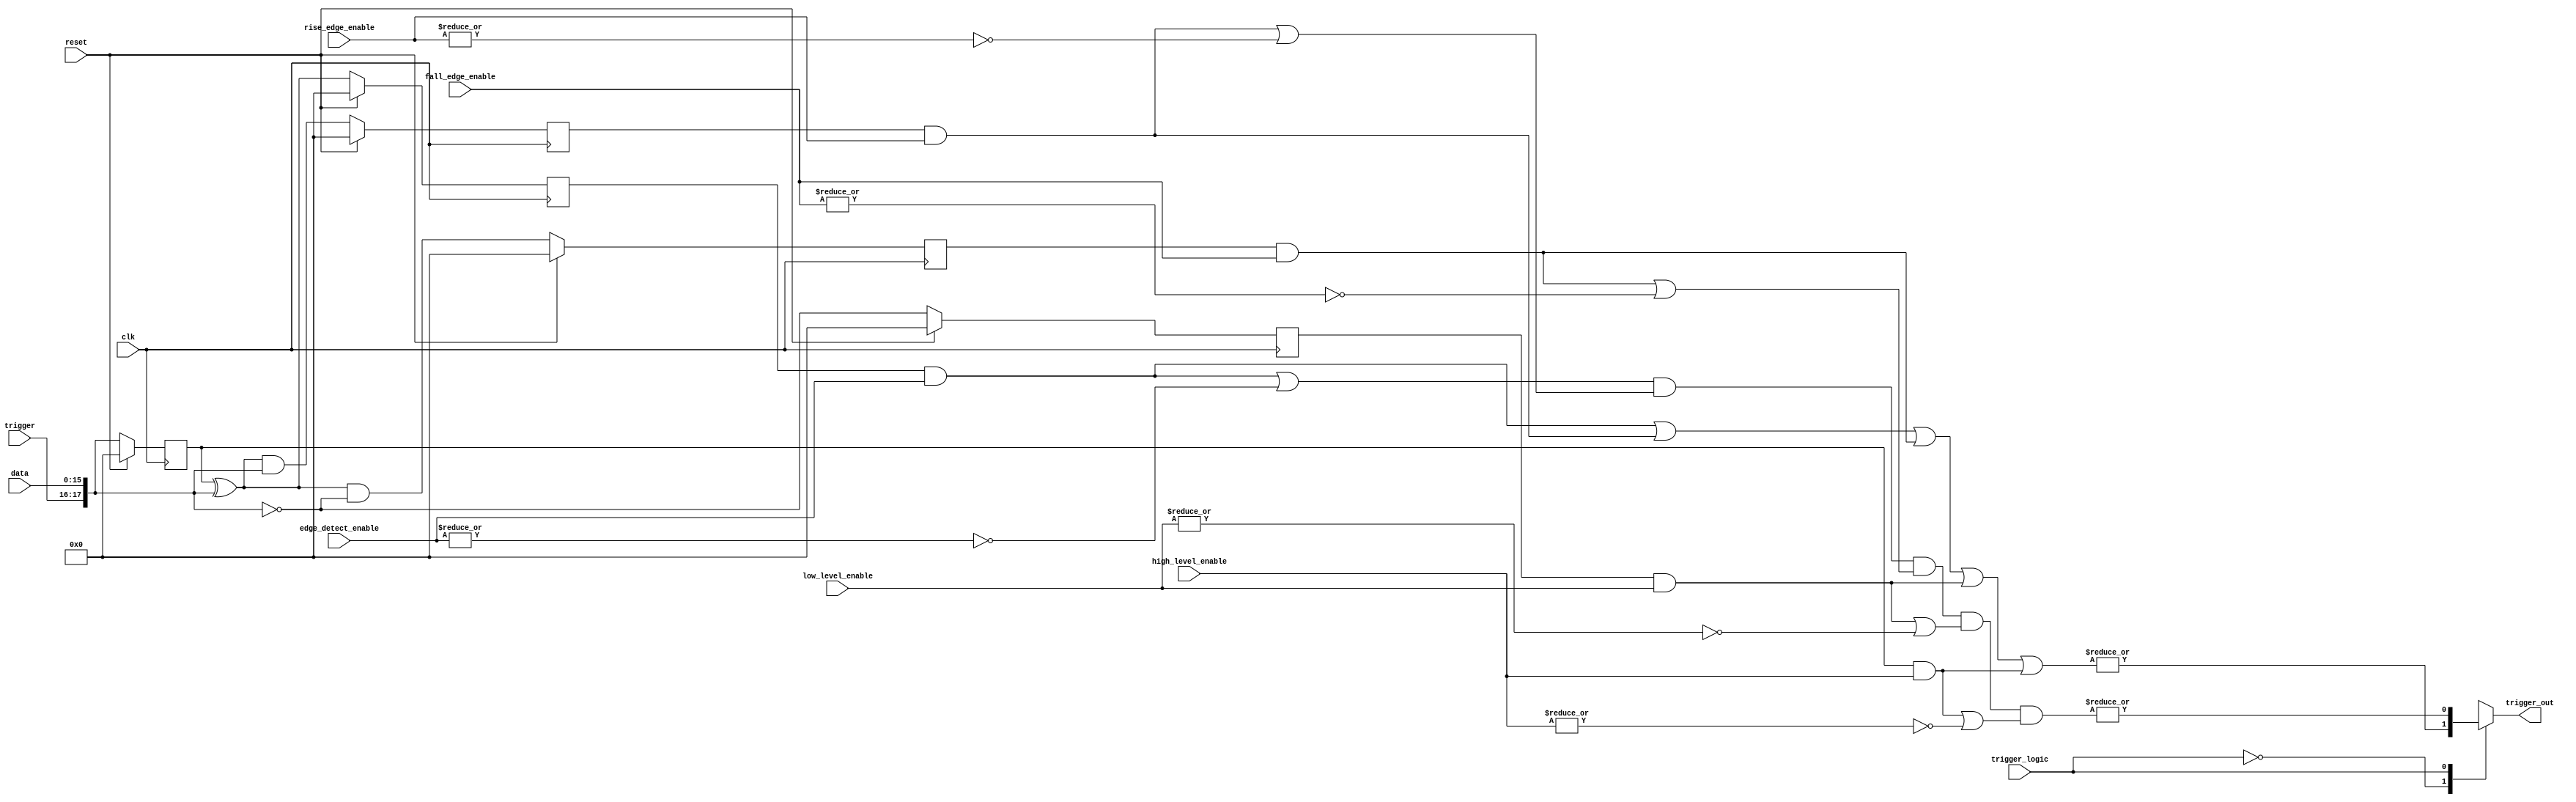
// ***************************************************************************
// ***************************************************************************
// Copyright 2011(c) Analog Devices, Inc.
//
// All rights reserved.
//
// Redistribution and use in source and binary forms, with or without modification,
// are permitted provided that the following conditions are met:
//     - Redistributions of source code must retain the above copyright
//       notice, this list of conditions and the following disclaimer.
//     - Redistributions in binary form must reproduce the above copyright
//       notice, this list of conditions and the following disclaimer in
//       the documentation and/or other materials provided with the
//       distribution.
//     - Neither the name of Analog Devices, Inc. nor the names of its
//       contributors may be used to endorse or promote products derived
//       from this software without specific prior written permission.
//     - The use of this software may or may not infringe the patent rights
//       of one or more patent holders.  This license does not release you
//       from the requirement that you obtain separate licenses from these
//       patent holders to use this software.
//     - Use of the software either in source or binary form, must be run
//       on or directly connected to an Analog Devices Inc. component.
//
// THIS SOFTWARE IS PROVIDED BY ANALOG DEVICES "AS IS" AND ANY EXPRESS OR IMPLIED WARRANTIES,
// INCLUDING, BUT NOT LIMITED TO, NON-INFRINGEMENT, MERCHANTABILITY AND FITNESS FOR A
// PARTICULAR PURPOSE ARE DISCLAIMED.
//
// IN NO EVENT SHALL ANALOG DEVICES BE LIABLE FOR ANY DIRECT, INDIRECT, INCIDENTAL, SPECIAL,
// EXEMPLARY, OR CONSEQUENTIAL DAMAGES (INCLUDING, BUT NOT LIMITED TO, INTELLECTUAL PROPERTY
// RIGHTS, PROCUREMENT OF SUBSTITUTE GOODS OR SERVICES; LOSS OF USE, DATA, OR PROFITS; OR
// BUSINESS INTERRUPTION) HOWEVER CAUSED AND ON ANY THEORY OF LIABILITY, WHETHER IN CONTRACT,
// STRICT LIABILITY, OR TORT (INCLUDING NEGLIGENCE OR OTHERWISE) ARISING IN ANY WAY OUT OF
// THE USE OF THIS SOFTWARE, EVEN IF ADVISED OF THE POSSIBILITY OF SUCH DAMAGE.
// ***************************************************************************
// ***************************************************************************

`timescale 1ns/100ps

module axi_logic_analyzer_trigger (

  input                 clk,
  input                 reset,

  input       [15:0]    data,
  input       [ 1:0]    trigger,

  input       [17:0]    edge_detect_enable,
  input       [17:0]    rise_edge_enable,
  input       [17:0]    fall_edge_enable,
  input       [17:0]    low_level_enable,
  input       [17:0]    high_level_enable,

  input                 trigger_logic,

  output                trigger_out);

  reg     [ 17:0]   data_m1 = 'd0;
  reg     [ 17:0]   low_level = 'd0;
  reg     [ 17:0]   high_level = 'd0;
  reg     [ 17:0]   edge_detect = 'd0;
  reg     [ 17:0]   rise_edge = 'd0;
  reg     [ 17:0]   fall_edge = 'd0;
  reg     [ 31:0]   delay_count = 'd0;

  reg              trigger_active;

  assign trigger_out = trigger_active;

  // trigger logic:
  // 0 OR
  // 1 AND

  always @(*) begin
    case (trigger_logic)
      0: trigger_active = | ((edge_detect & edge_detect_enable) |
                          (rise_edge & rise_edge_enable) |
                          (fall_edge & fall_edge_enable) |
                          (low_level & low_level_enable) |
                          (high_level & high_level_enable));
      1: trigger_active = | (((edge_detect & edge_detect_enable) | !(|edge_detect_enable)) &
                          ((rise_edge & rise_edge_enable) | !(|rise_edge_enable)) &
                          ((fall_edge & fall_edge_enable) | !(|fall_edge_enable)) &
                          ((low_level & low_level_enable) | !(|low_level_enable)) &
                          ((high_level & high_level_enable) | !(|high_level_enable)));
      default: trigger_active = 1'b1;
    endcase
  end

  // internal signals

  always @(posedge clk) begin
    if (reset == 1'b1) begin
      data_m1 <= 'd0;
      edge_detect <= 'd0;
      rise_edge <= 'd0;
      fall_edge <= 'd0;
      low_level <= 'd0;
      high_level <= 'd0;
    end else begin
      data_m1 <= {trigger, data} ;
      edge_detect <= data_m1 ^ {trigger, data};
      rise_edge <= (data_m1 ^ {trigger, data} ) & {trigger, data};
      fall_edge <= (data_m1 ^ {trigger, data}) & ~{trigger, data};
      low_level <= ~{trigger, data};
      high_level <= {trigger, data};
    end
  end


endmodule

// ***************************************************************************
// ***************************************************************************